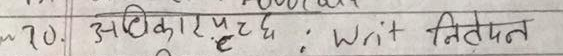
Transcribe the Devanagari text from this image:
70. अधिकारपृच्छ, Writ निषेधन